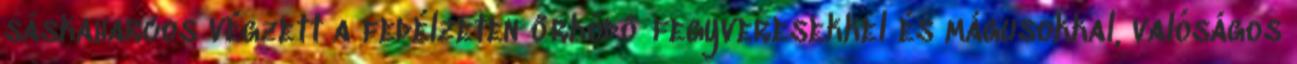
sáskaharcos végzett a fedélzeten őrködő fegyveresekkel és mágusokkal, valóságos